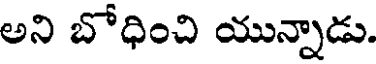
అని బోధించి యున్నాడు.